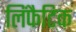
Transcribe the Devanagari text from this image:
लिंफैटिक